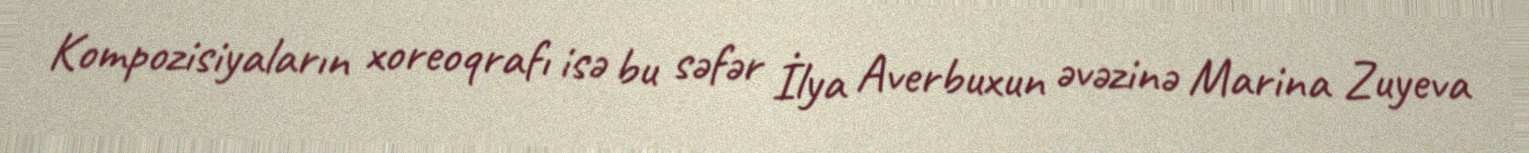
Kompozisiyaların xoreoqrafı isə bu səfər İlya Averbuxun əvəzinə Marina Zuyeva